Sanitation, dispensaries and jails vaccination Rajputana 1922-1927 - 1922-1927
Year: 1922
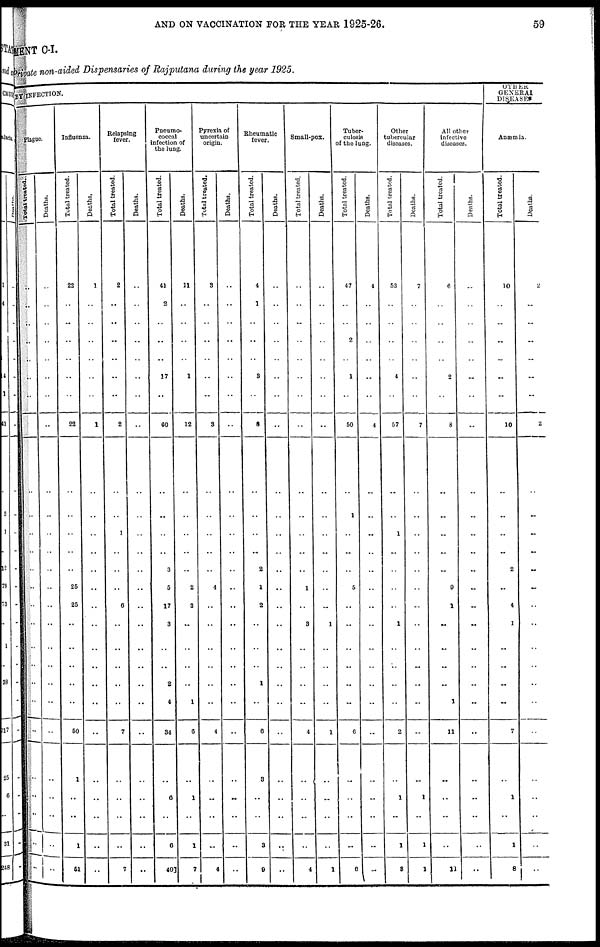
AND ON VACCINATION FOR THE YEAR 1925-26.
59
MENT C-I.
Private non-aided Dispensaries of Rajputana during the year 1925.
BY INFECTION.
Plague.
Total treated.
..
..
..
..
..
..
..
..
..
..
..
..
..
..
..
..
..
..
..
..
..
..
..
..
..
..
Deaths.
..
..
..
..
..
..
..
..
..
..
..
..
..
..
..
..
..
..
..
..
..
..
..
..
..
..
Influenza.
Total treated.
22
..
..
..
..
..
..
22
..
..
..
..
..
25
25
..
..
..
..
..
50
1
..
..
1
51
Deaths.
1
..
..
..
..
..
..
1
..
..
..
..
..
..
..
..
..
..
..
..
..
..
..
..
..
..
Relapsing
fever.
Total treated.
2
..
..
..
..
..
..
2
..
..
1
..
..
..
6
..
..
..
..
..
7
..
..
..
..
7
Deaths.
..
..
..
..
..
..
..
..
..
..
..
..
..
..
..
..
..
..
..
..
..
..
..
..
..
..
Pneumo-
coccal
infection of
the lung.
Total treated.
41
2
..
..
..
17
..
60
..
..
..
..
3
5
17
3
..
..
2
4
34
..
6
..
6
40
Deaths.
11
..
..
..
..
1
..
12
..
..
..
..
..
2
3
..
..
..
..
1
6
..
1
..
1
7
Pyrexia of
uncertain
origin.
Total treated.
3
..
..
..
..
..
..
3
..
..
..
..
..
4
..
..
..
..
..
..
4
..
..
..
..
4
Deaths.
..
..
..
..
..
..
..
..
..
..
..
..
..
..
..
..
..
..
..
..
..
..
..
..
..
..
Rheumatic
fever.
Total treated.
4
1
..
..
..
3
..
8
..
..
..
..
2
1
2
..
..
..
1
..
6
3
..
..
3
9
Deaths.
..
..
..
..
..
..
..
..
..
..
..
..
..
..
..
..
..
..
..
..
..
..
..
..
..
Small-pox.
Total treated.
..
..
..
..
..
..
..
..
..
..
..
..
..
1
..
3
...
..
..
..
4
..
..
..
..
4
Deaths.
..
..
..
..
..
..
..
..
..
..
..
..
..
..
..
1
..
..
..
..
1
..
..
..
..
1
Tuber-
culosis
of the lung.
Total treated.
47
..
..
2
..
1
..
50
..
1
..
..
..
5
..
..
..
..
..
..
6
..
..
..
..
6
Deaths.
4
..
..
..
..
..
..
4
..
..
..
..
..
..
..
..
..
..
..
..
..
..
..
..
..
..
Other
tubercular
diseases.
Total treated.
53
..
..
..
..
4
..
57
..
..
1
..
..
..
..
1
..
..
..
..
2
..
1
..
1
8
Deaths.
7
..
..
..
..
..
..
7
..
..
..
..
..
..
..
..
..
..
..
..
..
..
1
..
1
1
All other
infective
diseases.
Total treated.
6
..
..
..
..
2
..
8
..
..
..
..
..
9
1
..
..
..
..
1
11
..
..
..
..
11
Deaths.
..
..
..
...
..
..
..
..
..
.. .. .. .. .. .. ..
.. ..
1
1
..
..
..
..
..
..
OTHER
GENERAL
DISEASES
Anæmia.
Total treated.
10
..
..
..
..
..
..
10
..
..
..
..
2
..
4
1
..
..
..
..
7
..
1
..
1
8
Deaths.
2
..
..
..
..
..
..
2
..
..
..
..
..
..
..
..
..
..
..
..
..
..
..
..
..
..